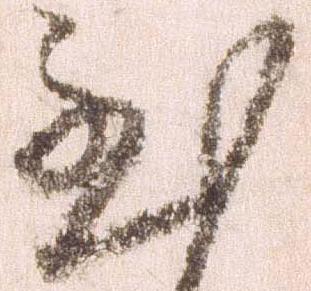
至